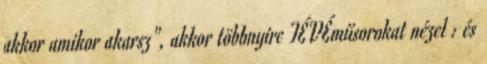
akkor amikor akarsz", akkor többnyire TÉVÉműsorokat nézel : és